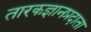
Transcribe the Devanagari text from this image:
तारकज्ञानप्रदाता